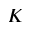
K